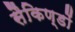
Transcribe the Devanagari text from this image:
सैकिण्डों